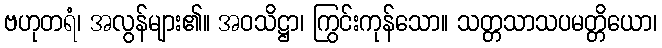
ဗဟုတရံ၊ အလွန်များ၏။ အဝသိဋ္ဌာ၊ ကြွင်းကုန်သော။ သတ္တသာသပမတ္တိယော၊